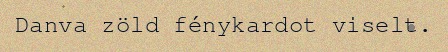
Danva zöld fénykardot viselt.